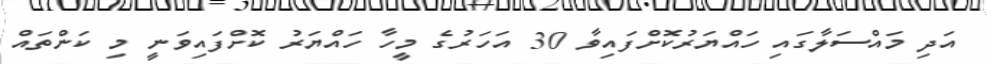
އަދި މައްސަލާގައި ހައްޔަރުކޮށްފައިވާ 30 އަހަރުގެ މީހާ ހައްޔަރު ކޮށްފައިވަނީ މި ކަންތައް